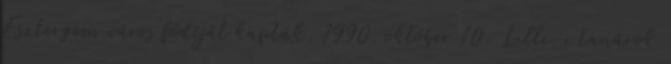
Esztergom város fődíját kapták. 1990. október 10. Lille-i tanárok